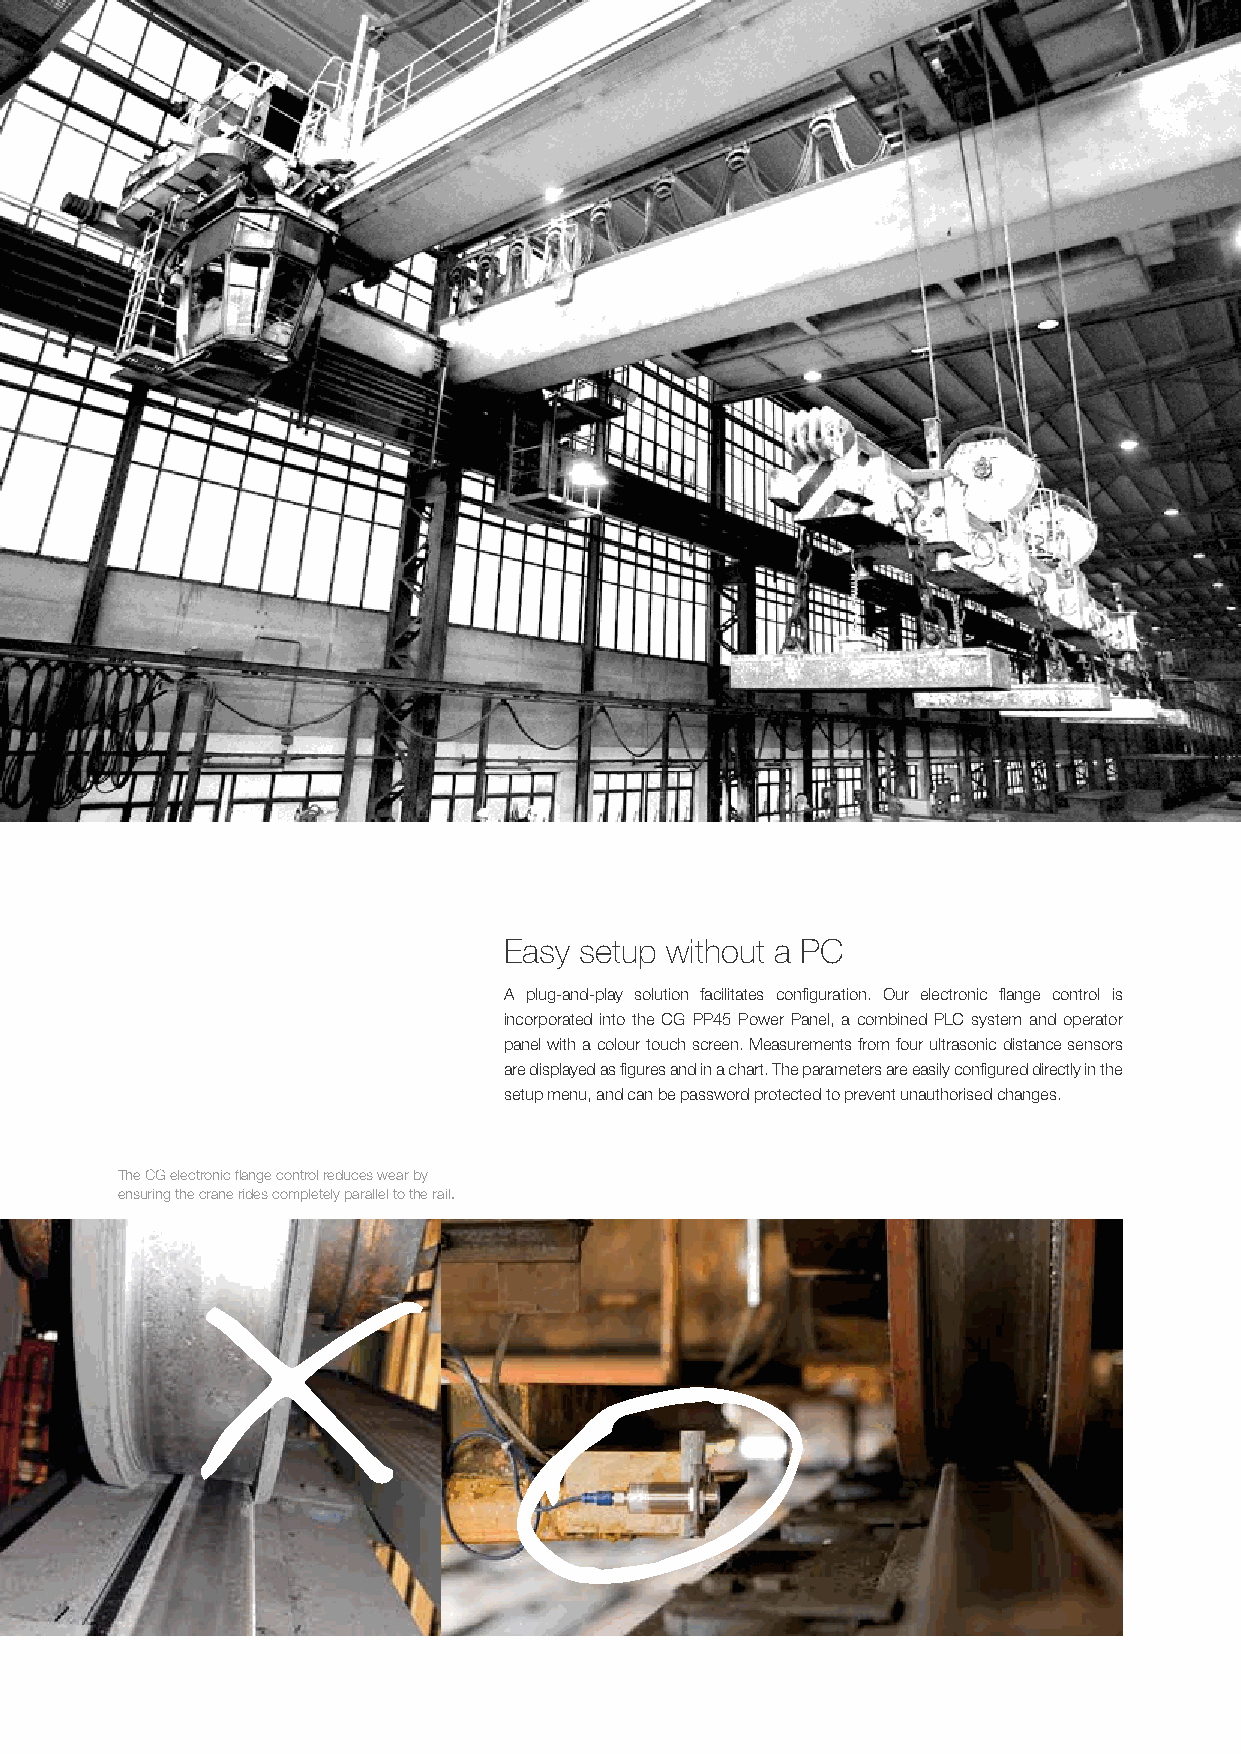
Easy setup without a PC
 A plug-and-play solution facilitates configuration. Our electronic flange control is
 incorporated into the CG PP45 Power Panel, a combined PLC system and operator
 panel with a colour touch screen. Measurements from four ultrasonic distance sensors
 are displayed as figures and in a chart. The parameters are easily configured directly in the
 setup menu, and can be password protected to prevent unauthorised changes.
 The CG electronic flange control reduces wear by
 ensuring the crane rides completely parallel to the rail.
 X
 O